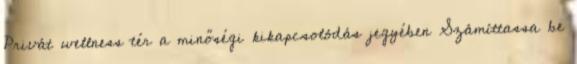
Privát wellness tér a minőségi kikapcsolódás jegyében Számíttassa be